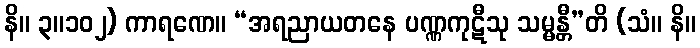
နိ။ ၃။၁၀၂) ကာရဏေ။ “အရညာယတနေ ပဏ္ဏကုဋီသု သမ္မန္တီ”တိ (သံ။ နိ။